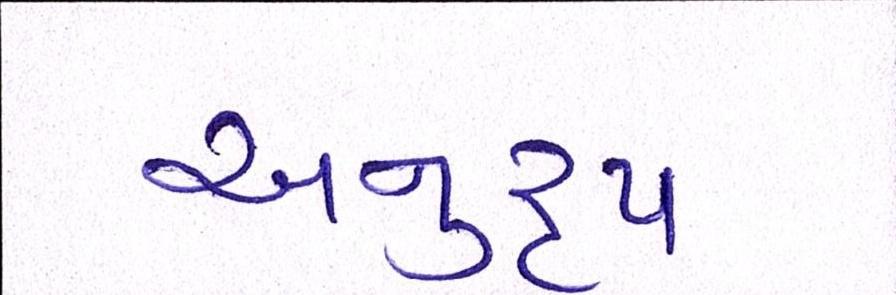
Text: અનુરૃપ